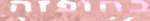
בחופזה